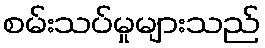
စမ်းသပ်မှုများသည်